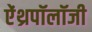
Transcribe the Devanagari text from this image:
ऐंथ्रपॉलॉजी